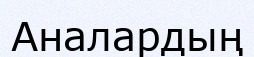
Аналардың